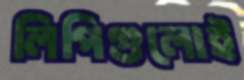
লিপিগুলোই